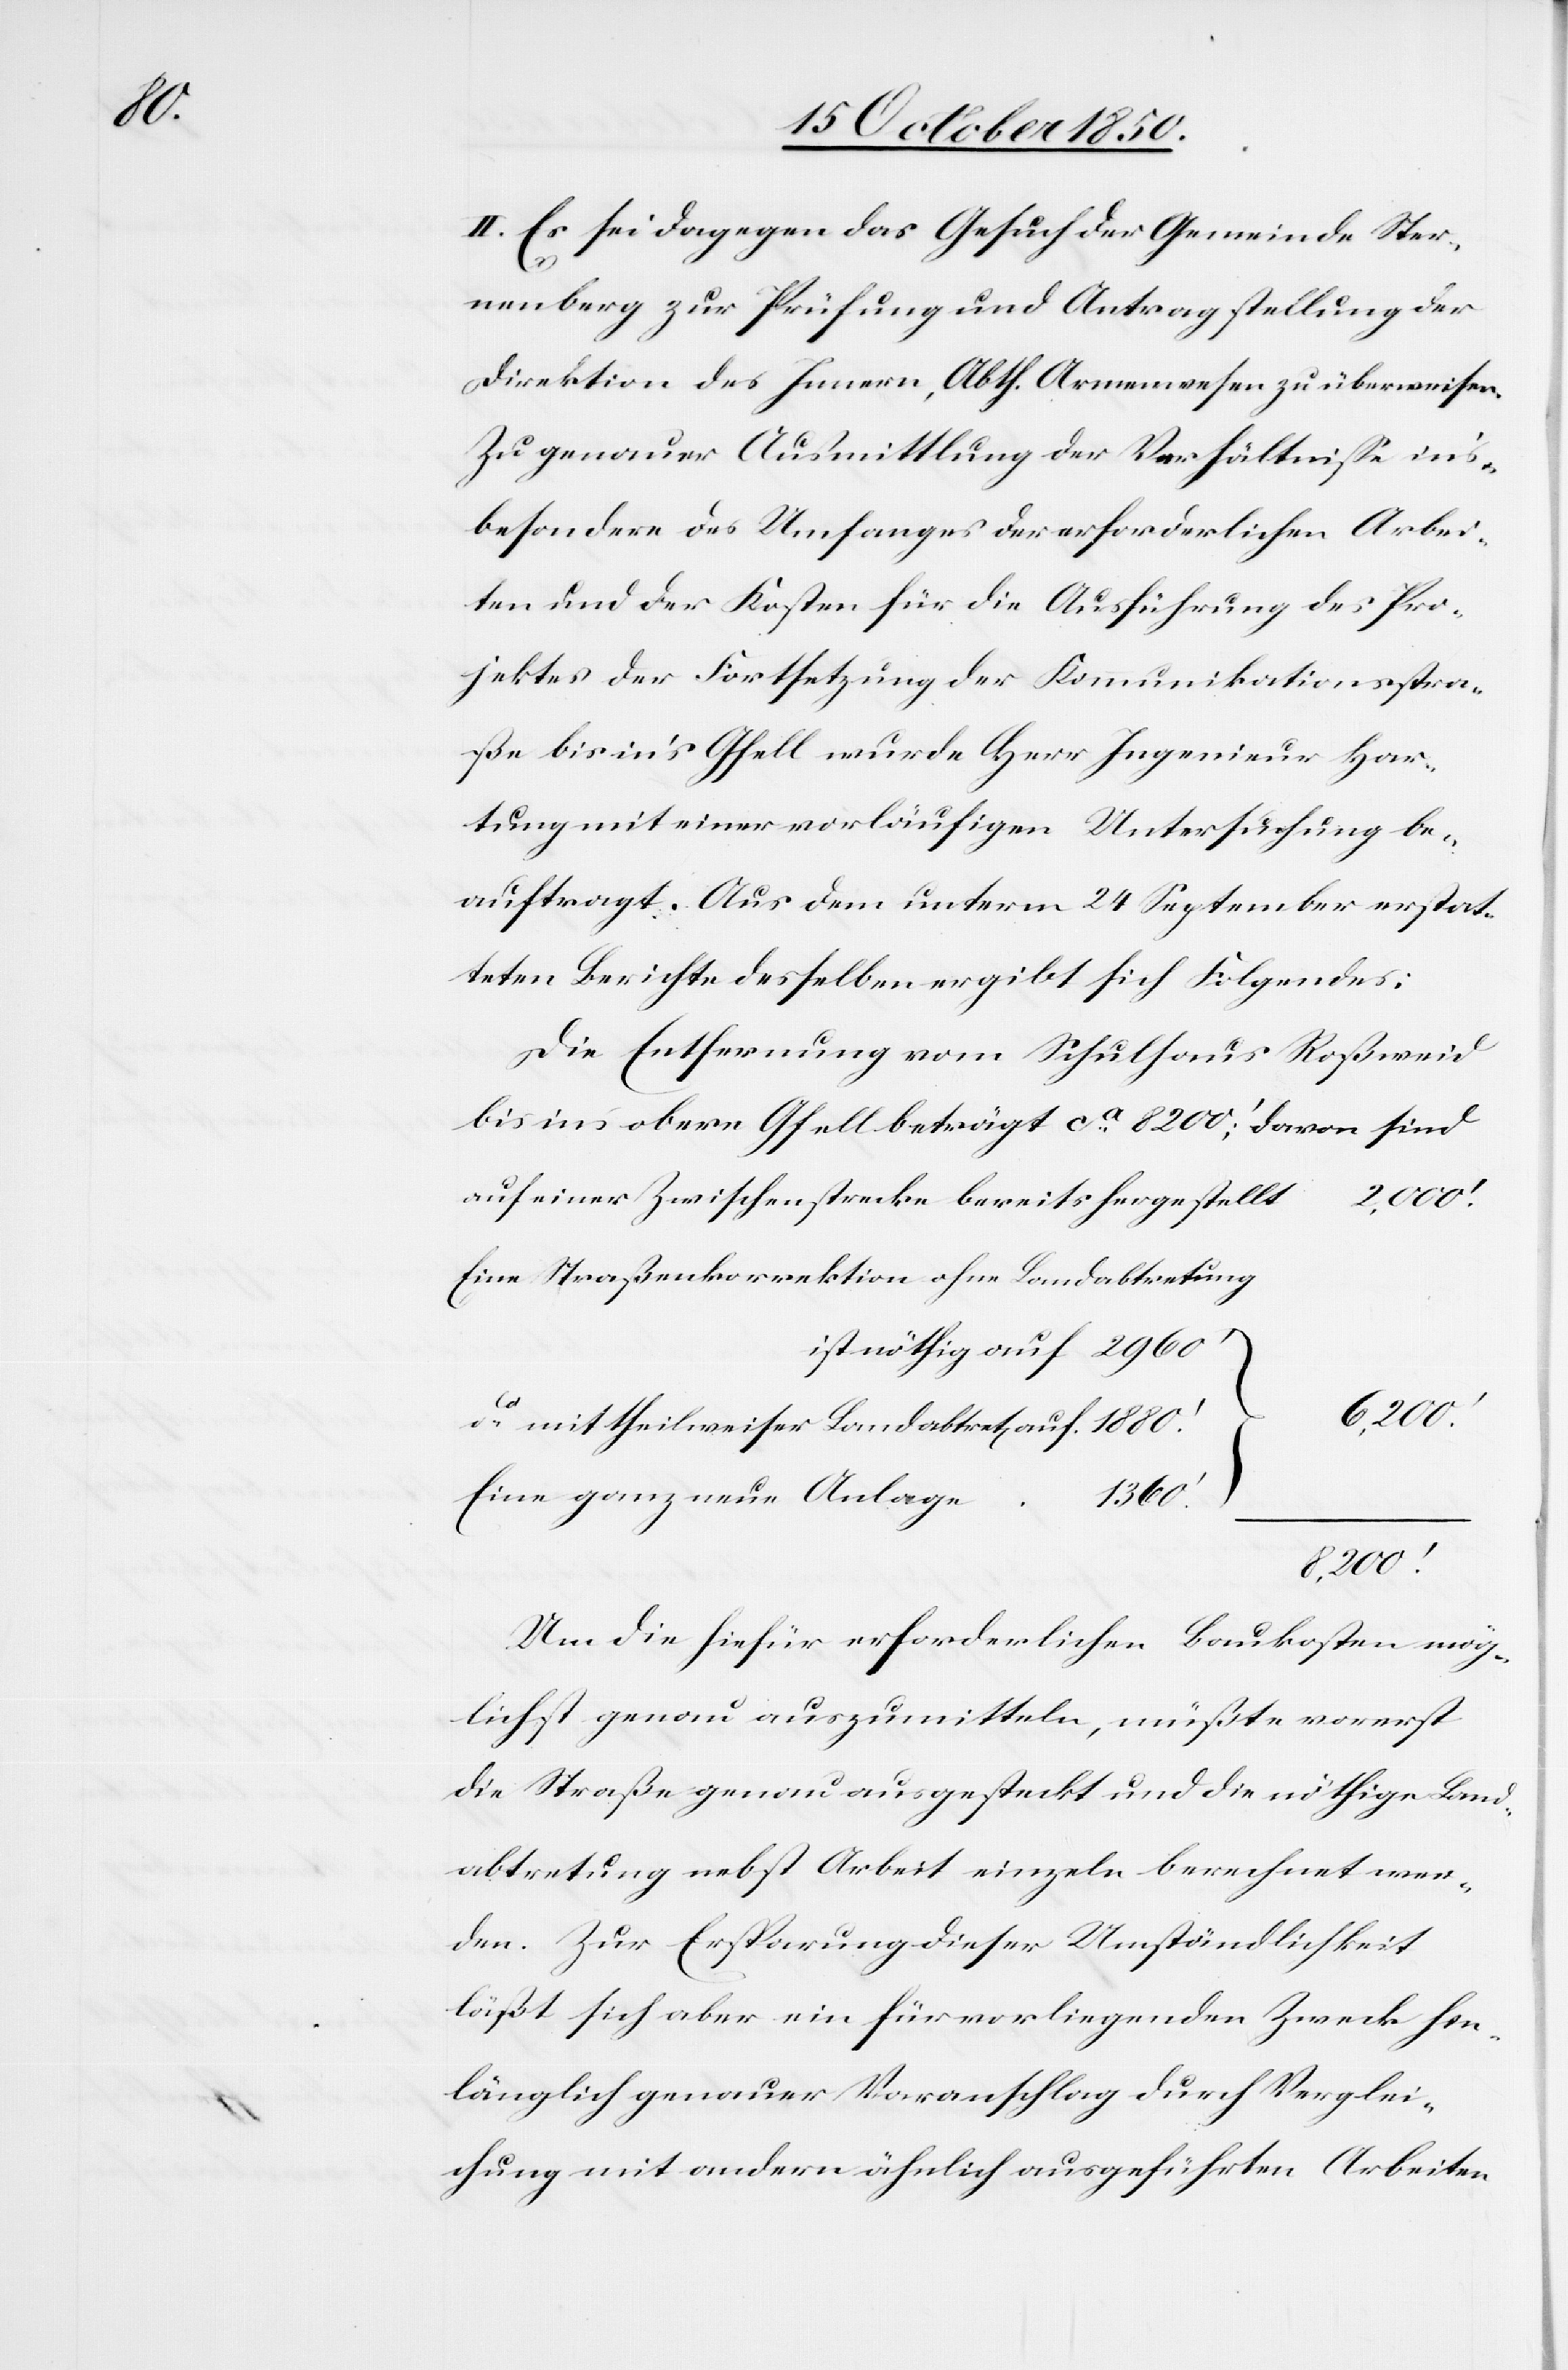
II. Es sei dagegen das Gesuch der Gemeinde Ster¬
nenberg zur Prüfung und Antragstellung der
Direktion des Innern, Abth. Armenwesen zu überweisen.
Zu genauer Ausmittlung der Verhältnisse ins¬
besondere des Umfanges der erforderlichen Arbei¬
ten und der Kosten für die Ausführung des Pro¬
jektes der Fortsetzung der Kommunikationsstra¬
ße bis in’s Gfell wurde Herr Ingenieur Har¬
tung mit einer vorläufigen Untersuchung be¬
auftragt. Aus dem unterm 24 September erstat¬
teten Berichte desselben ergibt sich Folgendes;
Die Entfernung vom Schulhaus Roßweid
bis ins obere Gfell beträgt ca 8200‘; davon sind
auf einer Zwischenstrecke bereits hergestellt						2,000.‘
Eine Straßenkorrektion ohne Landabtretung
ist nöthig auf		2960‘
6,200.‘
Um die hiefür erforderlichen Baukosten mög¬
lichst genau auszumitteln, müßte vorerst
die Straße genau ausgesteckt und die nöthigen Band¬
abtretung nebst Arbeit einzeln berechnet wer¬
den. Zur Ersparung dieser Umständlichkeit
läßt sich aber ein für vorliegenden Zweck hin¬
länglich genauer Voranschlag durch Verglei¬
chung mit andern ähnlich ausgeführten Arbeiten